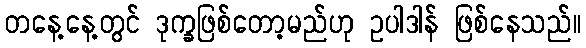
တနေ့နေ့တွင် ဒုက္ခဖြစ်တော့မည်ဟု ဥပါဒါန် ဖြစ်နေသည်။